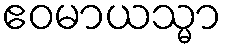
ဧဝမာယသ္မာ